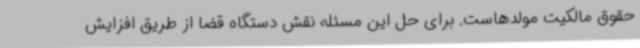
حقوق مالکیت مولدهاست. برای حل این مسئله نقش دستگاه قضا از طریق افزایش